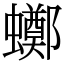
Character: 𧓸